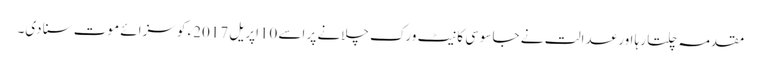
مقدمہ چلتا رہا اور عدالت نے جاسوسی کا نیٹ ورک چلانے پر اسے 10اپریل 2017ء کو سزائے موت سنا دی۔